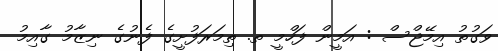
ވަގުތު އިމޭޖްސް : އަމީން ފަހްމީ ތ. ތިމަރަފުށީގެ ފެނުގެ ނިޒާމު ގާއިމު